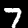
Digit: 7